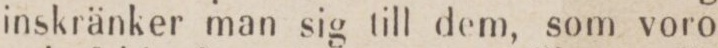
inskränker man sig till dem, som voro